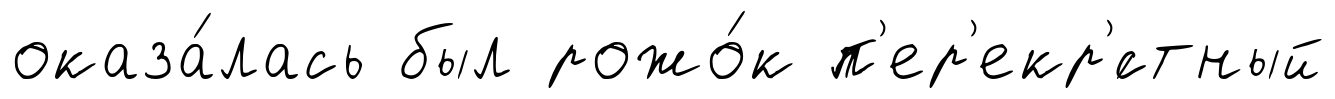
оказа́лась был рожо́к п'ер'екр'́стный